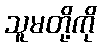
သူမတို့ကို